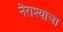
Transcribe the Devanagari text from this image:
नैराश्याचा